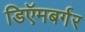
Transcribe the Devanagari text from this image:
डिऍमबर्गर